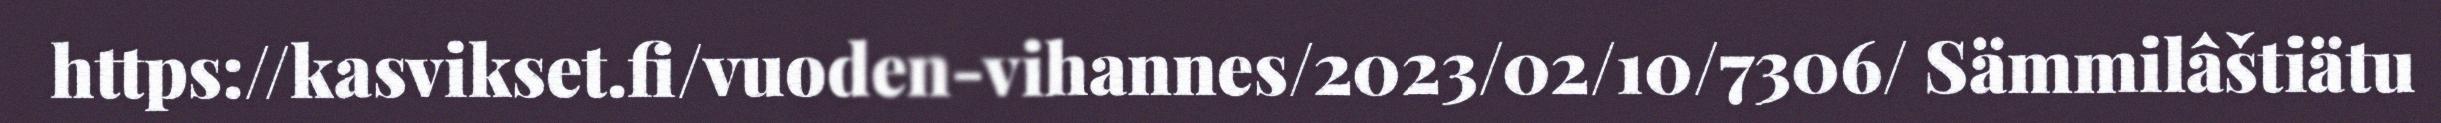
https://kasvikset.fi/vuoden-vihannes/2023/02/10/7306/ Sämmilâštiätu